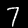
Label: 7